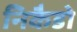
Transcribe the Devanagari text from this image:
निकैडो